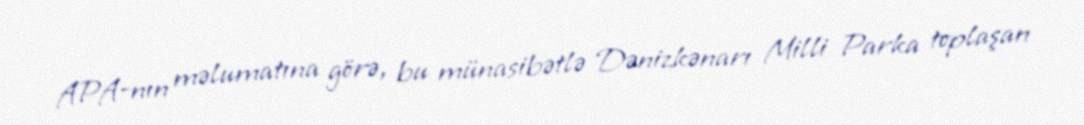
APA-nın məlumatına görə, bu münasibətlə Dənizkənarı Milli Parka toplaşan